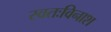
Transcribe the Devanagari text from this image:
स्वतःविनाश